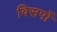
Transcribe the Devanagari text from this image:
विसर्पो